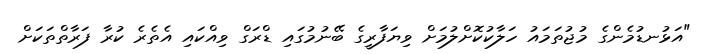
"އަޅުނޑުމެންގެ މުޖުތަމައު ހަލާކުކޮށްލުމަށް ވިޔަފާރީގެ ބޭނުމުގައި ޑްރަގް ވިއްކައި އެތެރެ ކުރާ ފަރާތްތަކަށް